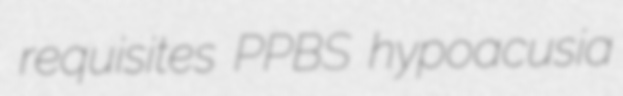
requisites PPBS hypoacusia